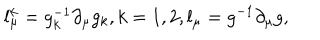
LaTeX: l _ { \mu } ^ { k } = g _ { k } ^ { - 1 } \partial _ { \mu } g _ { k } , k = 1 , 2 , l _ { \mu } = g ^ { - 1 } \partial _ { \mu } g ,